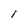
Character: I